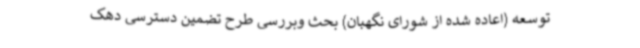
توسعه (اعاده شده از شورای نگهبان) بحث وبررسی طرح تضمین دسترسی دهک